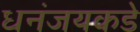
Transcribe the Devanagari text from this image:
धनंजयकडे